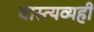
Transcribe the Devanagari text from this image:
वास्त्यव्यही